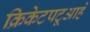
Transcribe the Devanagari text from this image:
क्रिकेटपटूआहे